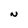
Character: N